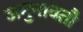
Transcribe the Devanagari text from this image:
जमुनावतौ